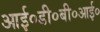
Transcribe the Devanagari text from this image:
आई०डी०बी०आई०